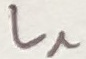
Text: L^